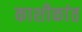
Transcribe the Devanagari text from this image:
काशीकांत